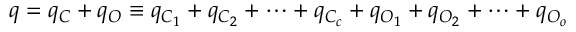
q = q _ { C } + q _ { O } \equiv q _ { C _ { 1 } } + q _ { C _ { 2 } } + \cdots + q _ { C _ { c } } + q _ { O _ { 1 } } + q _ { O _ { 2 } } + \cdots + q _ { O _ { o } }